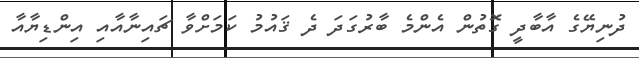
ދުނިޔޭގެ އާބާދީ ގޮތުން އެންމެ ބާރުގަދަ ދެ ޤައުމު ކަމަށްވާ ޗައިނާއާއި އިންޑިޔާއާ